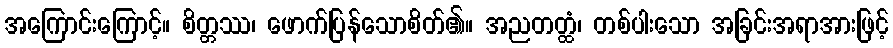
အကြောင်းကြောင့်။ စိတ္တဿ၊ ဖောက်ပြန်သောစိတ်၏။ အညတတ္ထံ၊ တစ်ပါးသော အခြင်းအရာအားဖြင့်